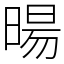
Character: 暘